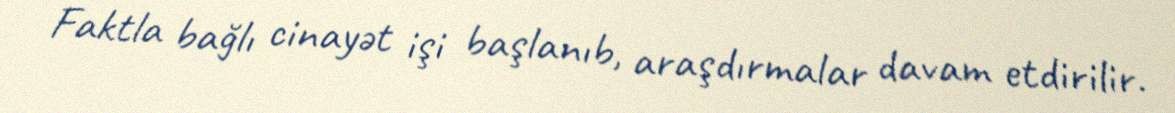
Faktla bağlı cinayət işi başlanıb, araşdırmalar davam etdirilir.